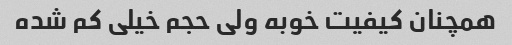
همچنان کیفیت خوبه ولی حجم خیلی کم شده